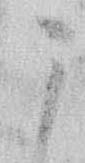
う